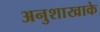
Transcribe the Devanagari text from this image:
अनुशाखाके